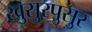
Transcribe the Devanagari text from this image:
खुसुरपुसुर